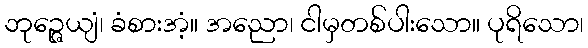
ဘုဉ္ဇေယျံ၊ ခံစားအံ့။ အညော၊ ငါမှတစ်ပါးသော။ ပုရိသော၊